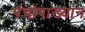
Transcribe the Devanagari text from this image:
पंचोपाख्यान